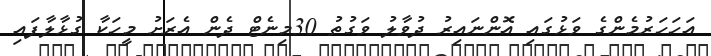
އަހަހަރުމެންގެ ވަޅުގައި އޮންނައިރު ދުވާލު ވަގުތު 30މިނެޓް ދެން އެރަށު މީހަކާ ގުޅާލާފައި